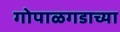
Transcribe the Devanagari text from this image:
गोपाळगडाच्या